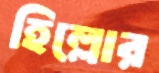
হিল্লোর